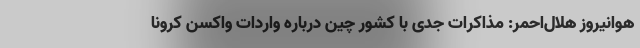
هوانیروز هلال‌احمر: مذاکرات جدی با کشور چین درباره واردات واکسن کرونا